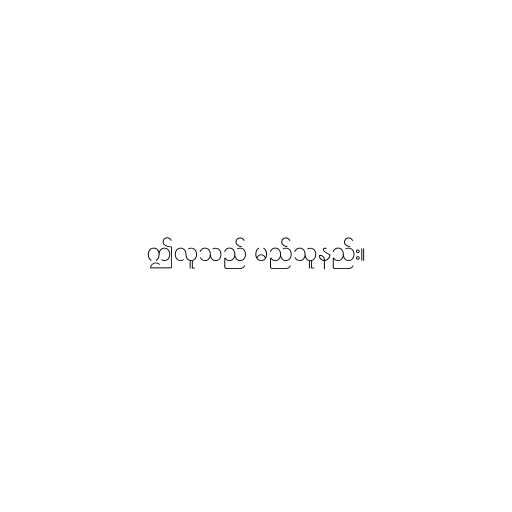
ဤလူသည် မည်သူနည်း။